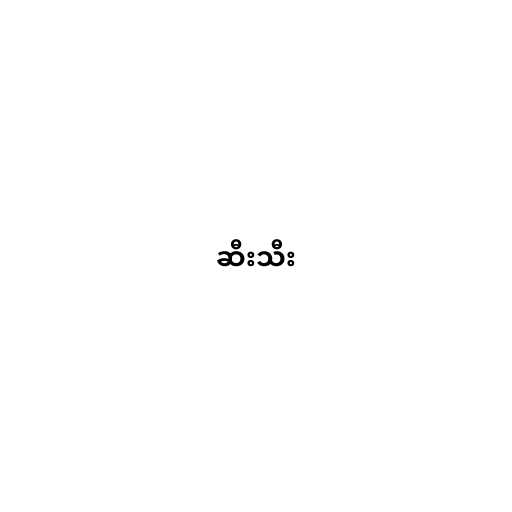
ဆီးသီး